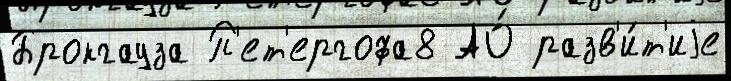
Брокгауза П'ет'ергофа8 АО́ разв'и́т'иjе